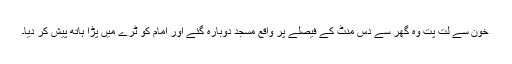
خون سے لت پت وہ گھر سے دس منٹ کے فیصلے پر واقع مسجد دوبارہ گئے اور امام کو ٹرے میں پڑا ہاتھ پیش کر دیا۔